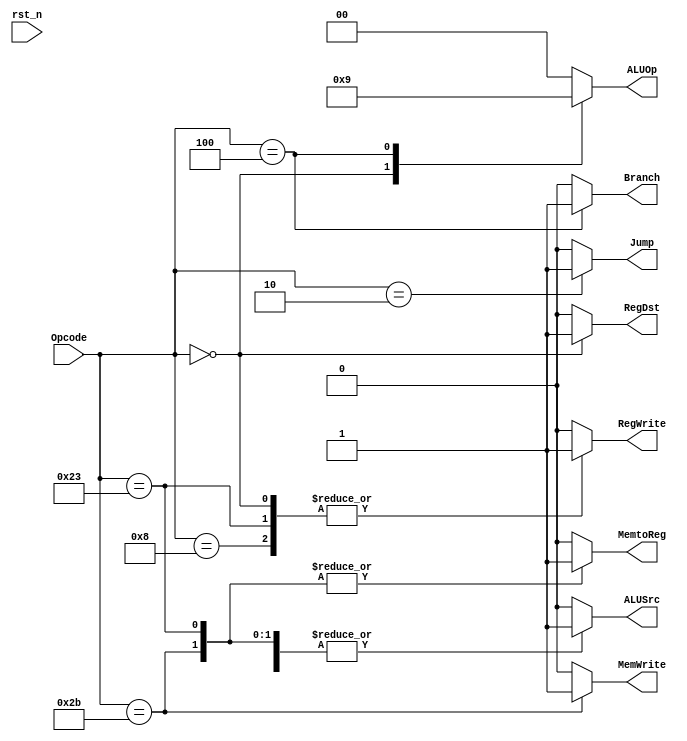
module Control_Unit(
    // System Clock
    input        rst_n,
    // User Interface
    output  reg [1:0]    ALUOp,
    output  reg     MemWrite,RegWrite,
    output  reg     RegDst,
    output  reg     MemtoReg,
    output  reg     ALUSrc,
    output  reg     Branch,
    output  reg     Jump,
    input   [5:0]   Opcode
);

always @(*) begin
    if (rst_n) begin
        RegWrite = 1'b0;
        RegDst   = 1'b0;
        ALUSrc   = 1'b0;
        Branch   = 1'b0;
        MemWrite = 1'b0;
        MemtoReg = 1'b0;
        ALUOp    = 2'b00;
        Jump     = 1'b0;
    end
    case (Opcode)
        // R type no Immediate Instruction
        6'b000000 : begin
            RegWrite = 1'b1;
            RegDst   = 1'b1;
            ALUSrc   = 1'b0;
            Branch   = 1'b0;
            MemWrite = 1'b0;
            MemtoReg = 1'b0;
            ALUOp    = 2'b10;
            Jump     = 1'b0;
        end
        // beq Instruction
        6'b000100 : begin
            RegWrite = 1'b0;
            RegDst   = 1'b0;    // dont care
            ALUSrc   = 1'b0;
            Branch   = 1'b1;
            MemWrite = 1'b0;
            MemtoReg = 1'b0;    // dont care
            ALUOp    = 2'b01;
            Jump     = 1'b0;
        end
        // sw Instruction
        6'b101011 : begin
            RegWrite = 1'b0;
            RegDst   = 1'b0;
            ALUSrc   = 1'b1;
            Branch   = 1'b0;
            MemWrite = 1'b1;
            MemtoReg = 1'b1;
            ALUOp    = 2'b00;
            Jump     = 1'b0;
        end
        // lw Instruction
        6'b100011 : begin
            RegWrite = 1'b1;
            RegDst   = 1'b0;
            ALUSrc   = 1'b1;
            Branch   = 1'b0;
            MemWrite = 1'b0;
            MemtoReg = 1'b1;
            ALUOp    = 2'b00;
            Jump     = 1'b0;
        end
        // addi Instruction
        6'b001000 : begin
            RegWrite = 1'b1;
            RegDst   = 1'b0;
            ALUSrc   = 1'b1;
            Branch   = 1'b0;
            MemWrite = 1'b0;
            MemtoReg = 1'b0;
            ALUOp    = 2'b00;
            Jump     = 1'b0;
        end
        // J type Instruction
        6'b000010 : begin
            RegWrite = 1'b0;
            RegDst   = 1'b0;
            ALUSrc   = 1'b0;
            Branch   = 1'b0;
            MemWrite = 1'b0;
            MemtoReg = 1'b0;
            ALUOp    = 2'b00;
            Jump     = 1'b1;
        end
        default: begin
            RegWrite = 1'b0;
            RegDst   = 1'b0;
            ALUSrc   = 1'b0;
            Branch   = 1'b0;
            MemWrite = 1'b0;
            MemtoReg = 1'b0;
            ALUOp    = 2'b00;
            Jump     = 1'b0;
        end
    endcase
end

endmodule